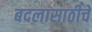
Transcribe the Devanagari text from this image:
बदलासाठीचे